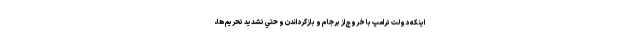
اينكه دولت ترامپ با خروج از برجام و بازگرداندن و حتي تشديد تحريم ها،